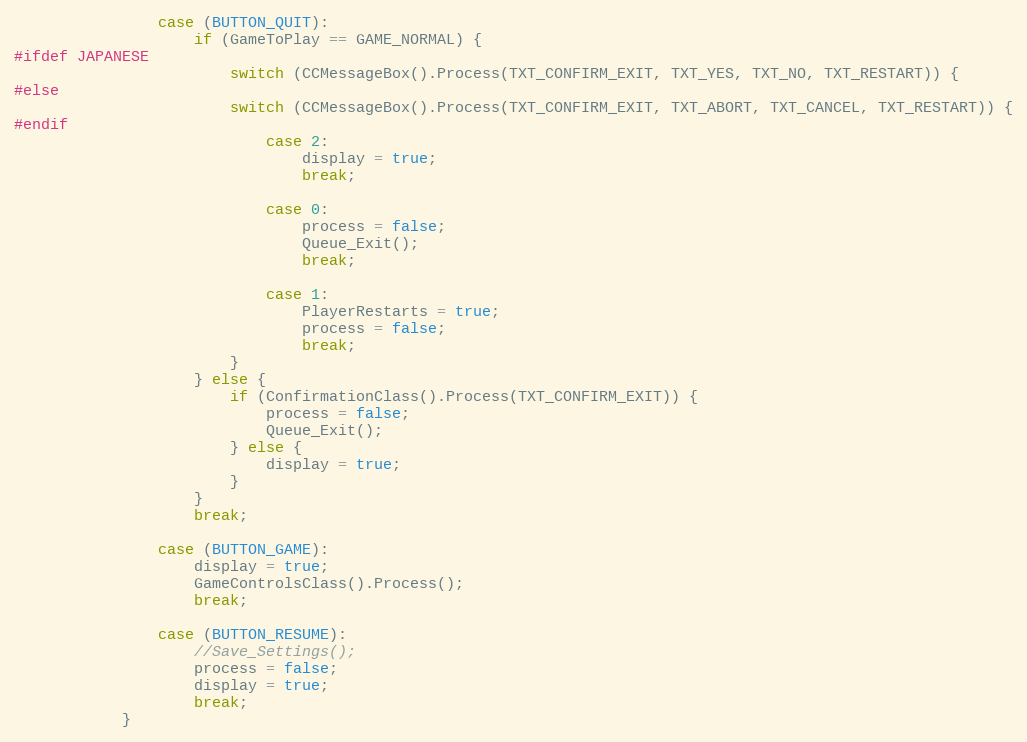
Language: C++
				case (BUTTON_QUIT):
					if (GameToPlay == GAME_NORMAL) {
#ifdef JAPANESE
						switch (CCMessageBox().Process(TXT_CONFIRM_EXIT, TXT_YES, TXT_NO, TXT_RESTART)) {
#else
						switch (CCMessageBox().Process(TXT_CONFIRM_EXIT, TXT_ABORT, TXT_CANCEL, TXT_RESTART)) {
#endif
							case 2:
								display = true;
								break;

							case 0:
								process = false;
								Queue_Exit();
								break;

							case 1:
								PlayerRestarts = true;
								process = false;
								break;
						}
					} else {
						if (ConfirmationClass().Process(TXT_CONFIRM_EXIT)) {
							process = false;
							Queue_Exit();
						} else {
							display = true;
						}
					}
					break;

				case (BUTTON_GAME):
					display = true;
					GameControlsClass().Process();
					break;

				case (BUTTON_RESUME):
					//Save_Settings();
					process = false;
					display = true;
					break;
			}